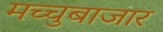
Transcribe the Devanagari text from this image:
मच्चुबाजार